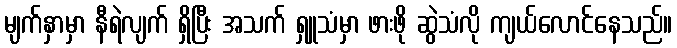
မျက်နှာမှာ နီရဲလျက် ရှိပြီး အသက် ရှူသံမှာ ဖားဖို ဆွဲသံလို ကျယ်လောင်နေသည်။